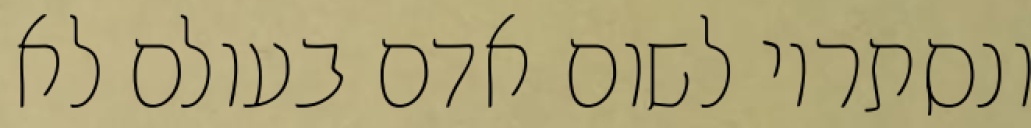
ונסתריו לשום אדם בעולם לא